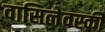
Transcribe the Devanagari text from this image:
वासिलेवस्की